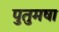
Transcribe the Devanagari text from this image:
पुतुमषा